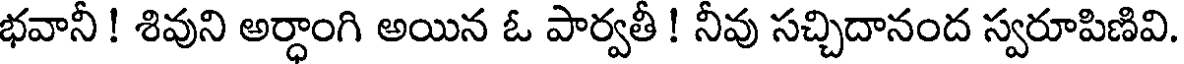
భవానీ ! శివుని అర్ధాంగి అయిన ఓ పార్వతీ ! నీవు సచ్చిదానంద స్వరూపిణివి